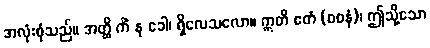
အလုံးစုံသည်။ အတ္ထိ ကိံ နု ခေါ၊ ရှိလေသလော။ ဣတိ ဧတံ (ဝစနံ)၊ ဤသို့သော